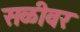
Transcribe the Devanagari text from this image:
सळीवर